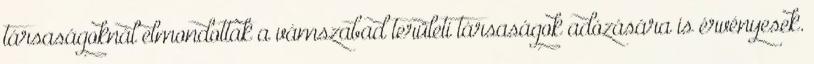
társaságoknál elmondottak a vámszabad területi társaságok adózására is érvényesek.